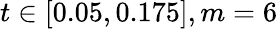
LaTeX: t\in\left[0.05,0.175\right],m=6